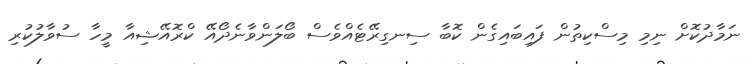
ނަމާދުކޮށް ނިމި މިސްކިތުން ފައިބައިގެން ކޮބާ ސިނގިރޭޓެއްވެސް ބޯލަންވާނެދޯއޭ ކްރޮއޭޝިއާ މީހާ ސުވާލުކުރި